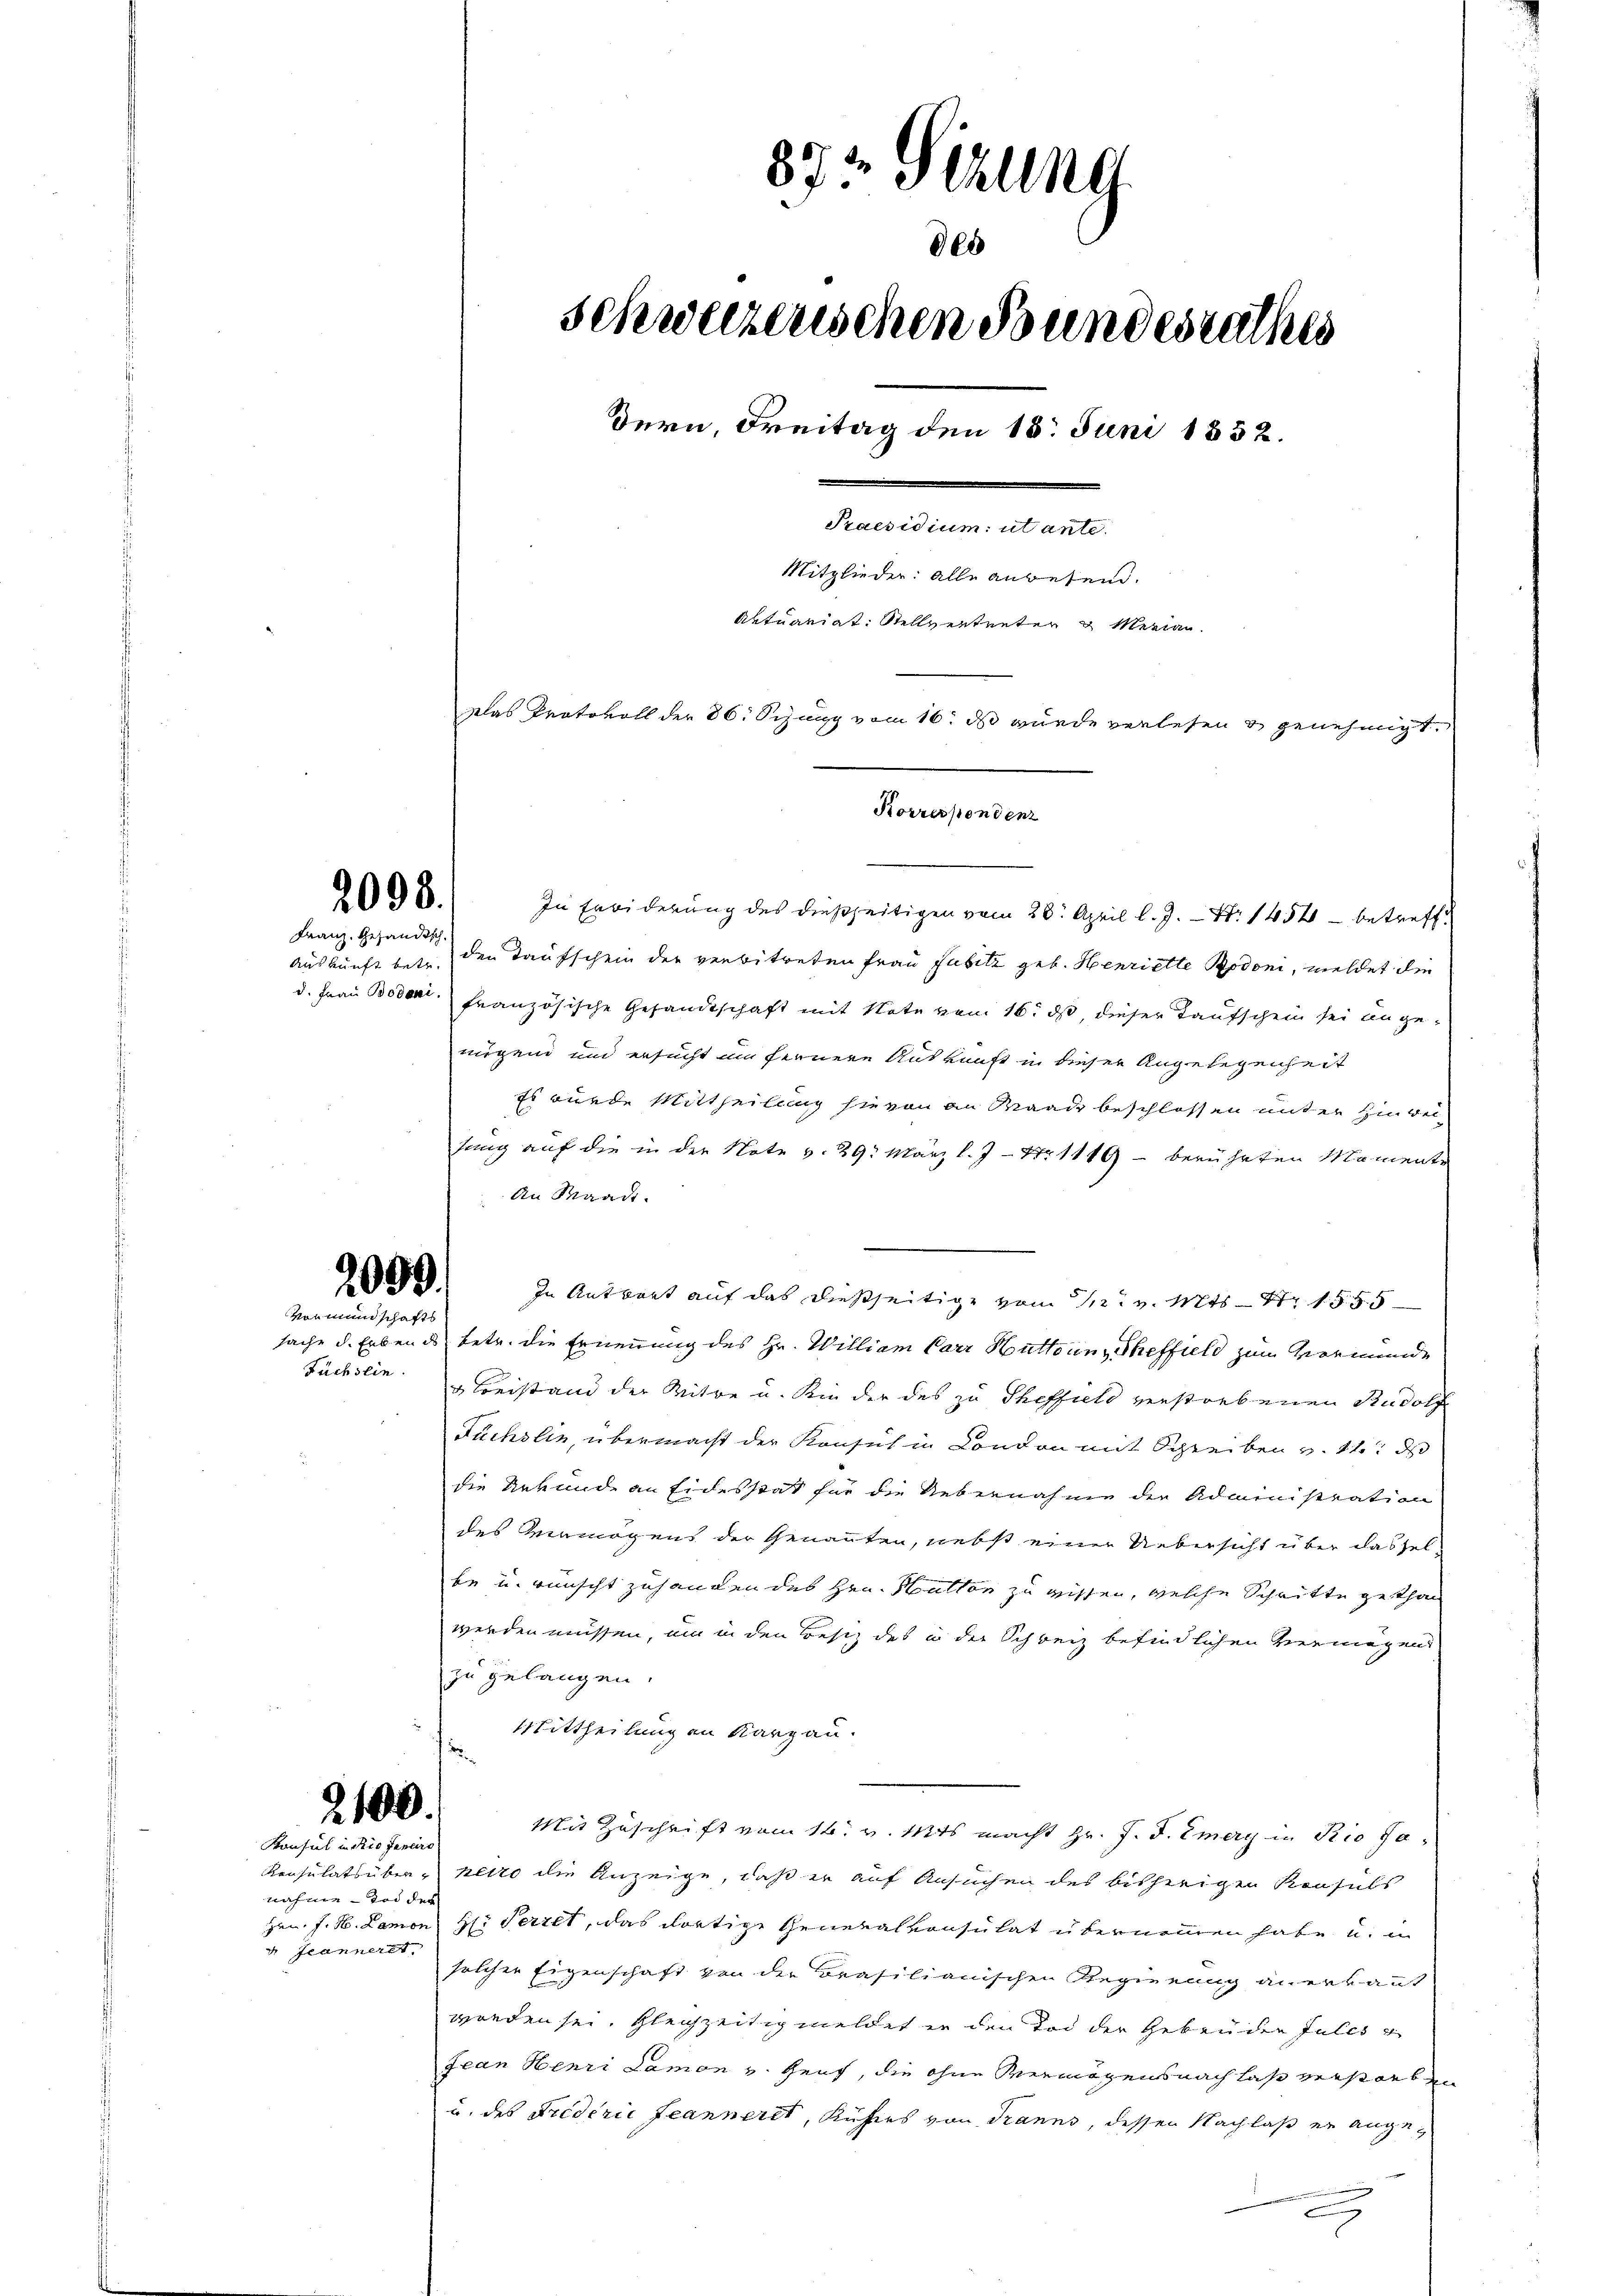
2098.

Franz, gesandtsch

2099
vormundschafts

Füchsein.

2100.

Konsul in Rio Janeiro
nahme - Tod des
 Jeannerst

87. Sehling
des
schweizenschen Bundesrathes
dern, Freitag den 15. Juni 1852.
Praesidium ut ante
Mitglieder: alle anwesend.
Aktuariat Stellvertreten & Merian
klas Protokoll der 86. Sezung vom 16. ds wurde verlesen & genehmigt.
Korrespondenz

In Erbiderung des dießseitigen vom 28. April l. J. N. 1454 - betreffe
auskäufe betr. den Taufschein der verbitreten Frau subitz geb. Henriette Rodoni, meldet die
d. Frau Boden französische Gesandtschaft mit Note vom 16. ds, dieser Taufschein sei angenügend und ersucht um fernere Auskunft in dieser Angelegenheit
Es wurde Mittheilung hievon an Waadt beschlossen unter Hinweisung auf die in der Note v. 29. März l. J. Nr. 1119 - berührten Momente
An Waadt.
In Antwort auf das dießseitige vom 11. v. Mts. S. 1555
sache d. Erbends betr. die Ernennung des Hr. William Parr Muttern, Scheffield zum Vormunde
u Beistand der Witwe u. Kinder des zu Theffield verstorbenen Rudolf
Fuchslin, übermacht der Konsul in Condon mit Schreiben v. 11. ds
die Urkunde an Eidesstat für die Uebernahme der Administration
des Vermögens der Genannten, nebst einer Uebersicht über dasselbe u. wünscht zuhanden des Hrn. Hutton zu wissen, welche Schritte gethan
werden müssen, um in den Besiz des in der Schweiz befindlichen Vermögens
zu gelangen.
Mittheilung an Karpau.
Mit Zuschrift vom 16. v. Mts. macht Hr. J. J. Emery in Rio Ja
Konsulatsüber - hero die Anzeige, daß er auf Ansuchen des bisherigen Konsuls
Hrn. J. H. Lamon H: Perret, das dortige General vonsulat übernommen habe u. in
solcher Eigenschaft von der Brasilianischen Regierung anerkauf
worden sei. Gleichzeitig meldet in den Tod der Gebrüder Julis
fean Henri Lamon v. Zeit, die ohne Vermögensnach las verstorben
u. des Friderie Jeanneret, Küfers von Tranns, dessen Nachlaß er angeg